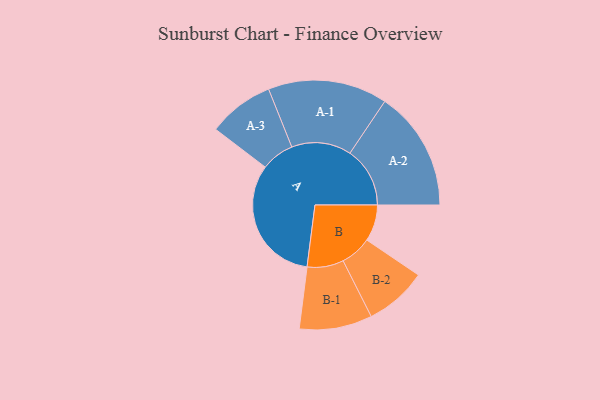
{"axis": {"x": "Segment", "y": "Value"}, "legend": ["", "A", "B"], "data": [{"x": "A", "y": 486, "type": ""}, {"x": "B", "y": 138, "type": ""}, {"x": "A-1", "y": 226, "type": "A"}, {"x": "A-2", "y": 227, "type": "A"}, {"x": "A-3", "y": 125, "type": "A"}, {"x": "B-1", "y": 138, "type": "B"}, {"x": "B-2", "y": 118, "type": "B"}]}